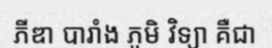
ភីឌា បារាំង ភូមិ វិទ្យា គឺជា